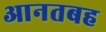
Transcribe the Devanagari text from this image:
आनतबह